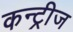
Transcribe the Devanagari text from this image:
कन्ट्रीज